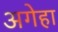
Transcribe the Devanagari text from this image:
अगेहा